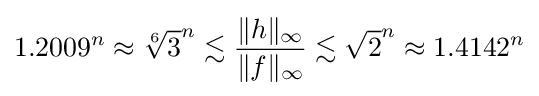
1.2009^{n}\approx {\sqrt[{6}]{3}}^{n}\lesssim {\frac {\|h\|_{\infty }}{\|f\|_{\infty }}}\lesssim {\sqrt {2}}^{n}\approx 1.4142^{n}